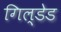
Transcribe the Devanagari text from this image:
गिल्डेड